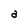
Character: a